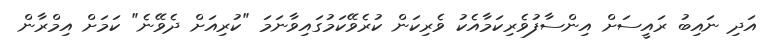
އަދި ނައިބު ރައީސަށް އިންސާފުވެރިކަމާއެކު ވެރިކަން ކުރެވޭކަމުގައިވާނަމަ "ކުރިއަށް ދެވޭނެ" ކަމަށް އިމްރާން